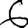
Digit: 6